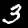
Digit: 3